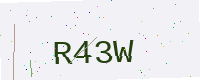
Text: R43W